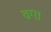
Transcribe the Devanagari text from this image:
वगा